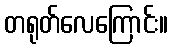
တရုတ်လေကြောင်း။